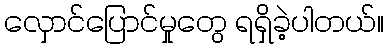
လှောင်ပြောင်မှုတွေ ရရှိခဲ့ပါတယ်။